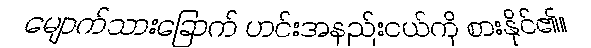
မျောက်သားခြောက် ဟင်းအနည်းငယ်ကို စားနိုင်၏။